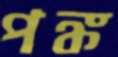
পঙ্ক